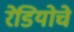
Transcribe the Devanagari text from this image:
रेडियोचे